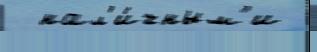
  нал'и́чным'и